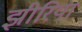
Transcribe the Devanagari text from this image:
झीरिया